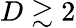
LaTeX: D\gtrsim 2